Plague in India, 1896, 1897 - Volume 1
Year: 1896
Disease focus: Plague
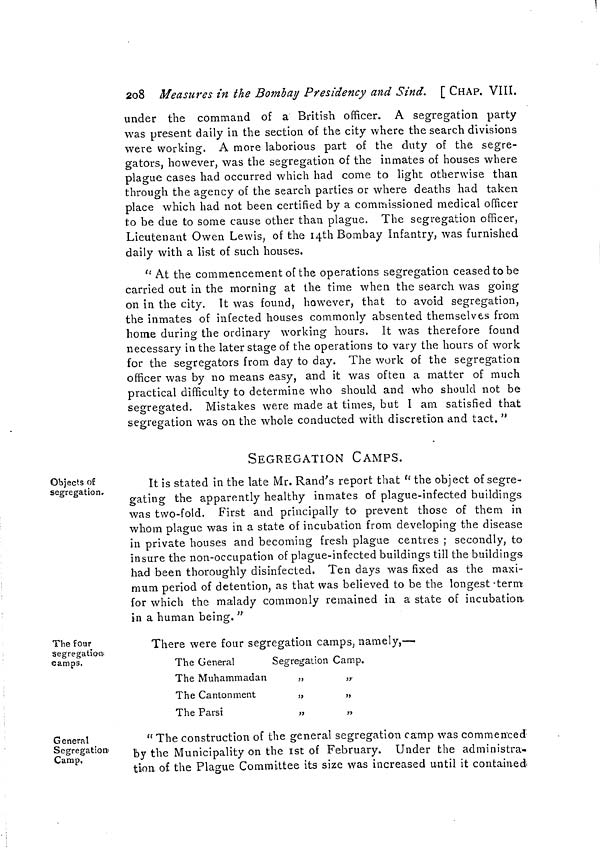
208
Measures in the Bombay Presidency and Sind. [ CHAP. VIII.
under the command of a British officer. A segregation party
was present daily in the section of the city where the search divisions
were working. A more laborious part of the duty of the segre-
gators, however, was the segregation of the inmates of houses where
plague cases had occurred which had come to light otherwise than
through the agency of the search parties or where deaths had taken
place which had not been certified by a commissioned medical officer
to be due to some cause other than plague. The segregation officer,
Lieutenant Owen Lewis, of the 14th Bombay Infantry, was furnished
daily with a list of such houses.
" At the commencement of the operations segregation ceased to be
carried out in the morning at the time when the search was going
on in the city. It was found, however, that to avoid segregation,
the inmates of infected houses commonly absented themselves from
home during the ordinary working hours. It was therefore found
necessary in the later stage of the operations to vary the hours of work
for the segregators from day to day. The work of the segregation
officer was by no means easy, and it was often a matter of much
practical difficulty to determine who should and who should not be
segregated. Mistakes were made at times, but I am satisfied that
segregation was on the whole conducted with discretion and tact. "
SEGREGATION CAMPS.
Objects of
segregation.
It is stated in the late Mr. Rand's report that "the object of segre-
gating the apparently healthy inmates of plague-infected buildings
was two-fold. First and principally to prevent those of them in
whom plague was in a state of incubation from developing the disease
in private houses and becoming fresh plague centres ; secondly, to
insure the non-occupation of plague-infected buildings till the buildings
had been thoroughly disinfected. Ten days was fixed as the maxi-
mum period of detention, as that was believed to be the longest term
for which the malady commonly remained in a state of incubation
in a human being."
The four
segregation
camps.
There were four segregation camps, namely,—
The General
The Muhammadan
The Cantonment
The Parsi
Segregation
"
"
"
Camp.
>3
"
"
General
Segregation
Camp,
" The construction of the general segregation camp was commenced
by the Municipality on the 1st of February. Under the administra-
tion of the Plague Committee its size was increased until it contained